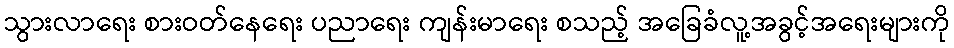
သွားလာရေး စားဝတ်နေရေး ပညာရေး ကျန်းမာရေး စသည့် အခြေခံလူ့အခွင့်အရေးများကို